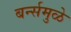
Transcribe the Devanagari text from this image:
बर्न्समुळे